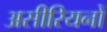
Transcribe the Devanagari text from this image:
असीरियनों